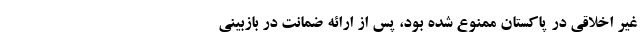
غیر اخلاقی در پاکستان ممنوع شده بود، پس از ارائه ضمانت در بازبینی